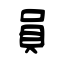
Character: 員